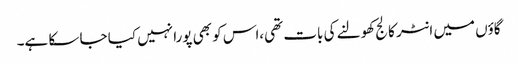
گاؤں میں انٹر کالج کھولنے کی بات تھی،اس کو بھی پورا نہیں کیا جا سکا ہے۔